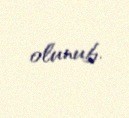
olunub.